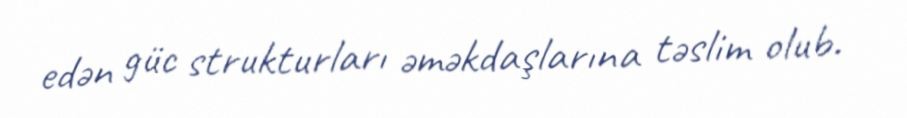
edən güc strukturları əməkdaşlarına təslim olub.